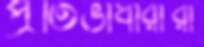
প্রতিভাধারীরা